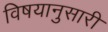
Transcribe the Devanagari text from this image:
विषयानुसारी